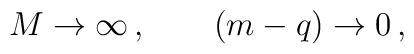
M\rightarrow \infty\,, \qquad (m-q)\rightarrow 0\,,